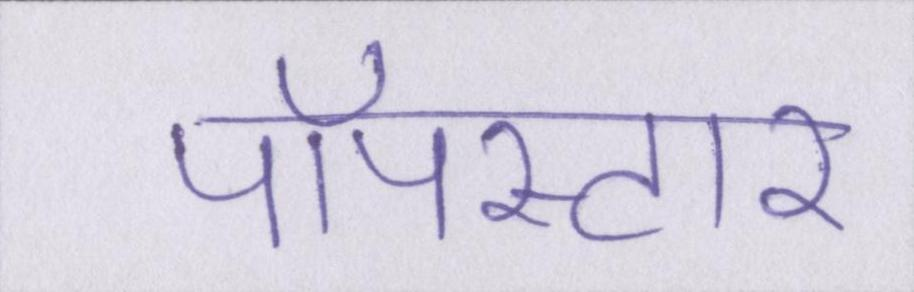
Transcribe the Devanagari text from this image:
पॉपस्टार